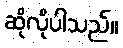
ဆိုလိုပါသည်။